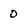
Character: O